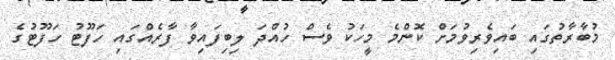
މުބާރާތުގައި ބައިވެރިވުމަށް ކޮންމެ މީހަކު ވެސް ހުއްދަ ލިބިފައިވާ ފާރެއްގައި ހަފޫޓު ހަފޫޓުގެ